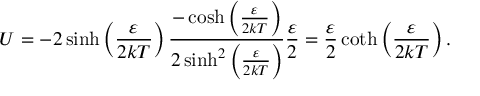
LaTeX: U = - 2 \sinh \left( { \frac { \varepsilon } { 2 k T } } \right) { \frac { - \cosh \left( { \frac { \varepsilon } { 2 k T } } \right) } { 2 \sinh ^ { 2 } \left( { \frac { \varepsilon } { 2 k T } } \right) } } { \frac { \varepsilon } { 2 } } = { \frac { \varepsilon } { 2 } } \coth \left( { \frac { \varepsilon } { 2 k T } } \right) .